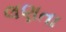
લણતા